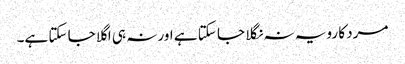
مرد کا رویہ نہ نگلا جا سکتا ہے اور نہ ہی اگلا جا سکتا ہے۔